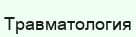
Травматология